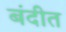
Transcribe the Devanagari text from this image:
बंदीत